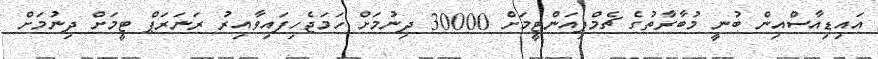
އައިޑިއާސްއިން ބުނީ މުބާރާތުގެ ޗެމްޕިއަންޓީމަށް 30000 ދިނުމަށް ހަމަޖެހިފައިވާއިރު ރަނަރަޕް ޓީމަށް ދިނުމަށް